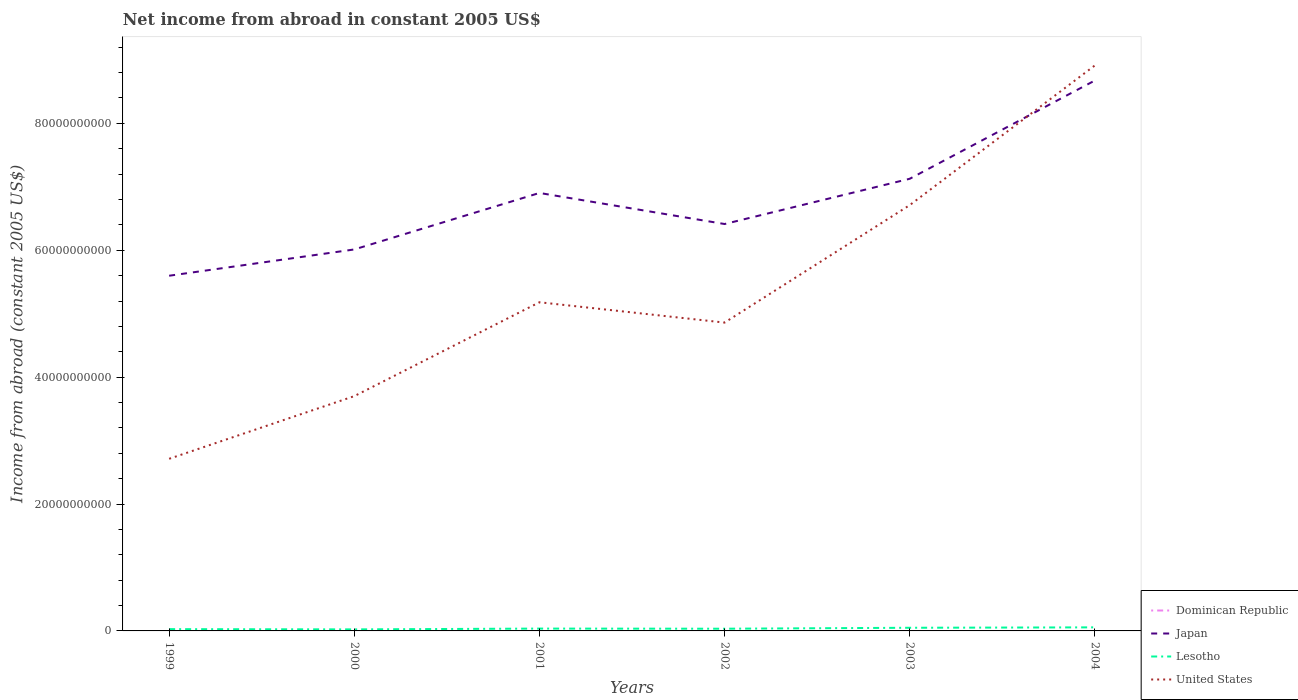
| Years | Dominican Republic | Japan | Lesotho | United States |
 | --- | --- | --- | --- | --- |
 | 1999 | -9.75e+08 | 5.6e+10 | 2.82e+08 | 2.71e+10 |
 | 2000 | -1.04e+09 | 6.01e+10 | 2.43e+08 | 3.7e+10 |
 | 2001 | -1.09e+09 | 6.9e+10 | 3.69e+08 | 5.18e+10 |
 | 2002 | -1.15e+09 | 6.41e+10 | 3.48e+08 | 4.86e+10 |
 | 2003 | -1.39e+09 | 7.13e+10 | 4.97e+08 | 6.71e+10 |
 | 2004 | -1.81e+09 | 8.68e+10 | 5.62e+08 | 8.91e+10 |